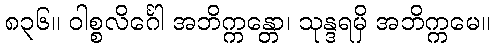
၈၃၆။ ဝါစ္စလိင်္ဂေါ အဘိက္ကန္တော၊ သုန္ဒရမှိ အဘိက္ကမေ။